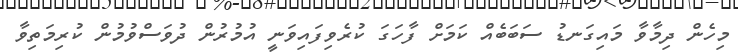
މިހެން ދިމާވާ މައިގަނޑު ސަބަބެއް ކަމަށް ފާހަގަ ކުރެވިފައިވަނީ އުމުރުން ދުވަސްވުމުން ކުރިމަތިވާ